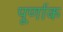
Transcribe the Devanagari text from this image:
पूर्णाक